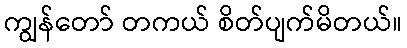
ကျွန်တော် တကယ် စိတ်ပျက်မိတယ်။